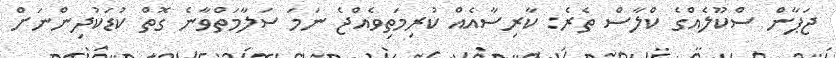
ޖަޕާން ސްކޫލެއްގެ ކްލާސް ތެރެ: ކާރިސާއެއް ކުރިމަތިވެއްޖެ ނަމަ ސަލާމަތްވާނެ ގޮތް ކުޑަކުދިންނަށް